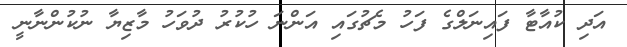
އަދި ކުއާޓާ ފައިނަލްގެ ފަހު މެޗުގައި އަންނަ ހުކުރު ދުވަހު މާޒިޔާ ނުކުންނާނީ